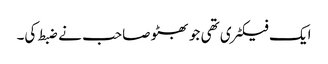
ایک فیکٹری تھی جو بھٹو صاحب نے ضبط کی۔